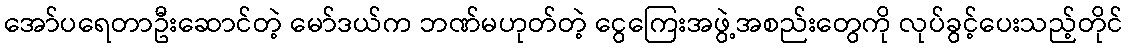
အော်ပရေတာဦးဆောင်တဲ့ မော်ဒယ်က ဘဏ်မဟုတ်တဲ့ ငွေကြေးအဖွဲ့အစည်းတွေကို လုပ်ခွင့်ပေးသည့်တိုင်